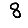
Digit: 8